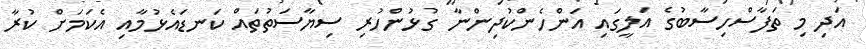
އަދި މި ތަފާސްހިސާބުގެ އަލީގައި އަންހެންކުދިންނާ ގުޅުންހުރި ސިޔާސަތުތައް ކަނޑައެޅުމާއި އެކަމަށް ކުރާ